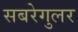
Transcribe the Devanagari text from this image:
सबरेगुलर